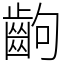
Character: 齣